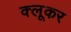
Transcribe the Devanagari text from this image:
क्लूकर